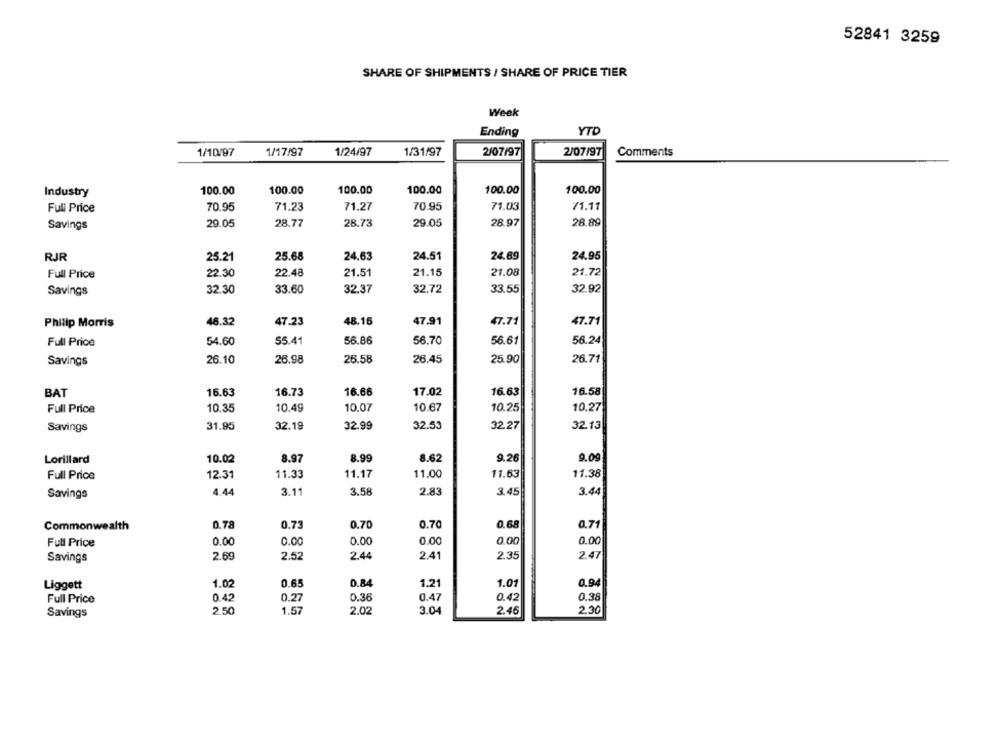
52841 3259
SHARE OF SHIPMENTS / SHARE OF PRICE TIER
Week
Ending
YTD
1/10/97
1/17/97
1/24/97
1/31/97
2/07/97
2/07/97
Comments
Industry
100.00
100.00
100.00
100.00
100.00
100.00
Full Price
70.95
71.23
71.27
70.95
71.03
71.11
29.05
28.77
28.73
29.05
28.97
28.89
Savings
RJR
25.21
25.68
24.63
24.51
24.89
24.95
Full Price
22.30
22.48
21.51
21.15
21.08
21.72
32.30
33.60
32.37
32.72
33.55
32.92
Savings
47.23
47.91
Philip Morris
46.32
48.16
47.71
47.71
Full Price
54.60
55.41
56.86
56.70
56.61
56.24
Savings
26.10
26.98
26.58
26.45
25.90
26.71
BAT
16.63
16.73
16.66
17.02
16.63
16.58
Full Price
10.35
10.49
10.07
10.67
10.25
10.27
Savings
31.95
32.19
32.99
32.53
32.27
32.13
Lorillard
10.02
8.97
8.99
8.62
9.26
9.09
Full Price
12.31
11.33
11.17
11.00
11.63
11.38
Savings
4.44
3.11
3.58
2.83
3.45
3.44
Commonwealth
0.78
0.73
0.70
0.70
0.68
0.71
Full Price
0.00
0.00
0.00
0.00
0.00
0.00
2.69
2.52
2.44
2.41
2.35
2.47
Savings
Liggett
1.02
0.65
0.84
1.21
1.01
0.94
Full Price
0.42
0.27
0.36
0.47
0.42
0.38
2.30
Savings
2.50
1.57
2.02
3.04
2.46